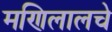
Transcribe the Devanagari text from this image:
मणिलालचे